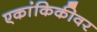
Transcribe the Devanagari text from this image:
एकांकिकीवर